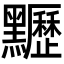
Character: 𪓀